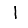
Digit: 1